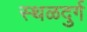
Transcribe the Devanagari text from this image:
स्थळदुर्ग